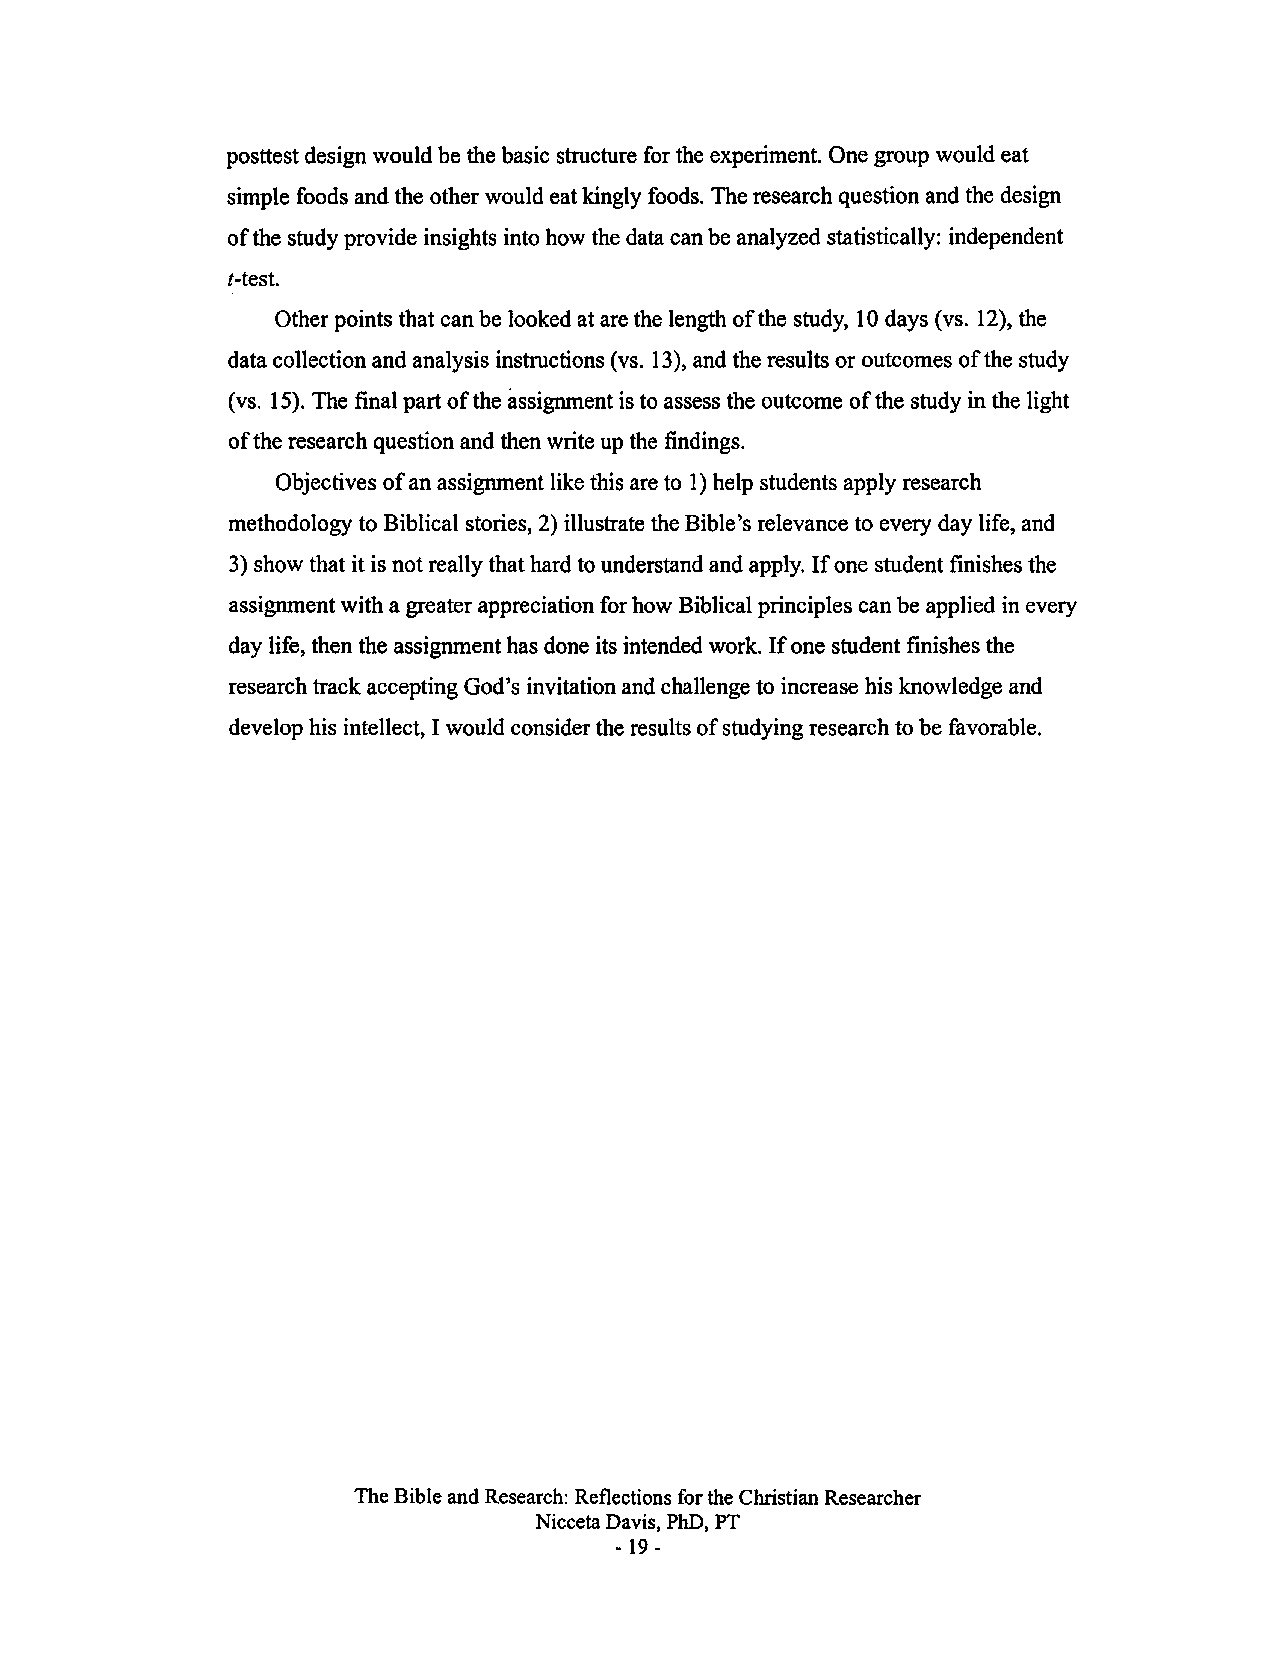
posttest design would be the basic structure for the experiment. One group would eat
 simple foods and the other would eat kingly foods. The research question and the design
 of the study provide insights into how the data can be analyzed statistically: independent
 t-test.
 Other points that can be looked at are the length of the study, 10 days (vs. 12), the
 data collection and analysis instructions (vs. 13), and the results or outcomes of the study
 (vs. 15). The final part ofthe assignment is to assess the outcome of the study in the light
 of the research question and then write up the findings.
 Objectives of an assignment like this are to 1) help students apply research
 methodology to Biblical stories, 2) illustrate the Bible's relevance to every day life, and
 3) show that it is not really that hard to understand and apply. If one student finishes the
 assignment with a greater appreciation for how Biblical principles can be applied in every
 day life, then the assignment has done its intended work. If one student finishes the
 research track accepting God's invitation and challenge to increase his knowledge and
 develop his intellect, I would consider the results of studying research to be favorable.
 The Bible and Research: Reflections for the Christian Researcher
 Nicceta Davis, PhD, PT
 - 19-